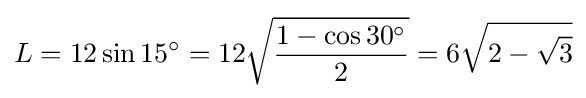
L=12\sin 15^{\circ }=12{\sqrt {\frac {1-\cos {30^{\circ }}}{2}}}=6{\sqrt {2-{\sqrt {3}}}}